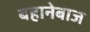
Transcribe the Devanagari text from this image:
बहानेबाज